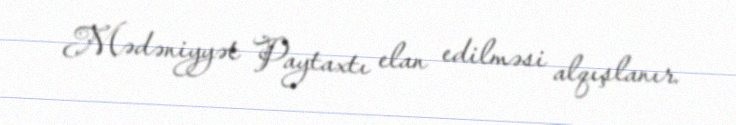
Mədəniyyət Paytaxtı elan edilməsi alqışlanır.